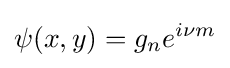
\psi (x,y)=g_{n}e^{i\nu m}